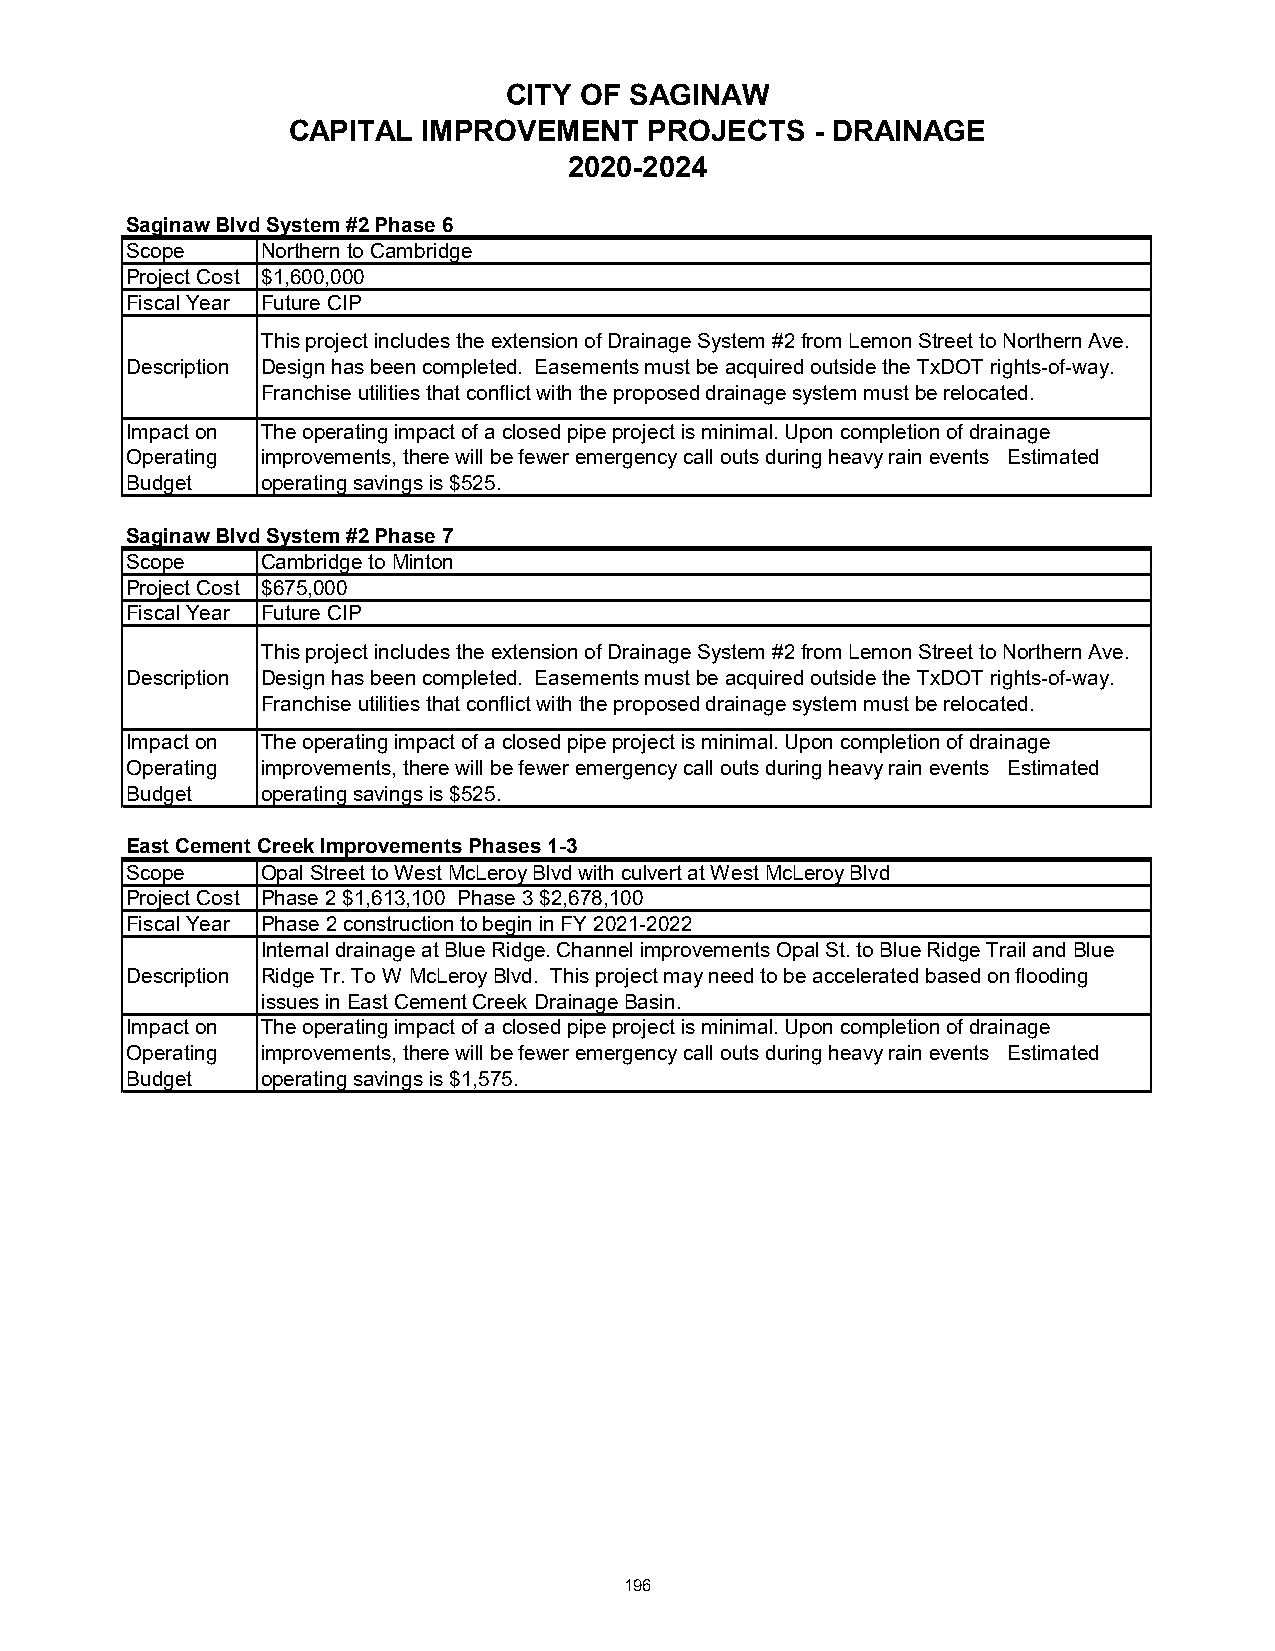
CITY OF SAGINAW
 CAPITAL  IMPROVEMENT    PROJECTS   - DRAINAGE
 2020-2024
 Saginaw Blvd System #2 Phase 6
 Scope    Northern to Cambridge
 Project Cost $1,600,000
 Fiscal Year Future CIP
 This project includes the extension of Drainage System #2 from Lemon Street to Northern Ave.
 Description Design has been completed. Easements must be acquired outside the TxDOT rights-of-way.
 Franchise utilities that conflict with the proposed drainage system must be relocated.
 Impact on The operating impact of a closed pipe project is minimal. Upon completion of drainage
 Operating improvements, there will be fewer emergency call outs during heavy rain events Estimated
 Budget   operating savings is $525.
 Saginaw Blvd System #2 Phase 7
 Scope    Cambridge to Minton
 Project Cost $675,000
 Fiscal Year Future CIP
 This project includes the extension of Drainage System #2 from Lemon Street to Northern Ave.
 Description Design has been completed. Easements must be acquired outside the TxDOT rights-of-way.
 Franchise utilities that conflict with the proposed drainage system must be relocated.
 Impact on The operating impact of a closed pipe project is minimal. Upon completion of drainage
 Operating improvements, there will be fewer emergency call outs during heavy rain events Estimated
 Budget   operating savings is $525.
 East Cement Creek Improvements Phases 1-3
 Scope    Opal Street to West McLeroy Blvd with culvert at West McLeroy Blvd
 Project Cost Phase 2 $1,613,100 Phase 3 $2,678,100
 Fiscal Year Phase 2 construction to begin in FY 2021-2022
 Internal drainage at Blue Ridge. Channel improvements Opal St. to Blue Ridge Trail and Blue
 Description Ridge Tr. To W McLeroy Blvd. This project may need to be accelerated based on flooding
 issues in East Cement Creek Drainage Basin.
 Impact on The operating impact of a closed pipe project is minimal. Upon completion of drainage
 Operating improvements, there will be fewer emergency call outs during heavy rain events Estimated
 Budget   operating savings is $1,575.
 196